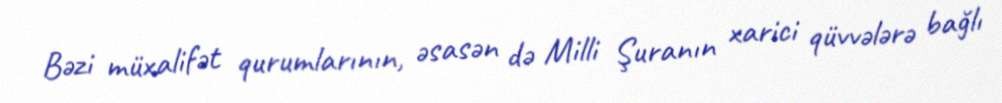
Bəzi müxalifət qurumlarının, əsasən də Milli Şuranın xarici qüvvələrə bağlı